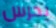
يحرس